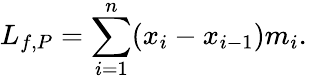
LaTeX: L_{f,P}=\sum_{i=1}^{n}(x_{i}-x_{i-1})m_{i}.\,